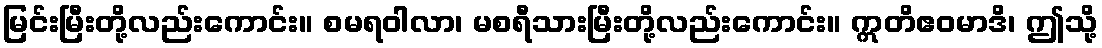
မြင်းမြီးတို့လည်းကောင်း။ စမရဝါလာ၊ မစရီသားမြီးတို့လည်းကောင်း။ ဣတိဧဝမာဒိ၊ ဤသို့